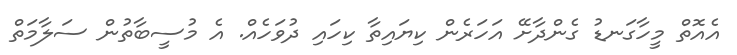
އެއޮތް މީހާގަނޑު ގެންދާށޭ އަހަރެން ކިޔައިތާ ކިހައި ދުވަހެއް. އެ މުސީބާތުން ސަލާމަތް